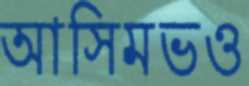
আসিমভও